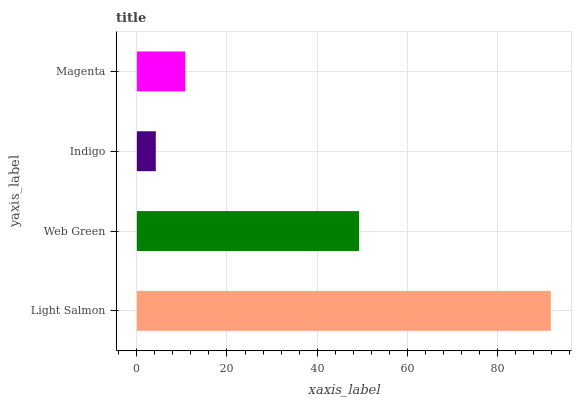
| yaxis_label | bars |
 | --- | --- |
 | Light Salmon | 91.9 |
 | Web Green | 49.3 |
 | Indigo | 4.2 |
 | Magenta | 10.7 |